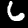
Digit: 6